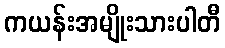
ကယန်းအမျိုးသားပါတီ